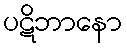
ပဋိဘာနော